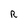
Character: R